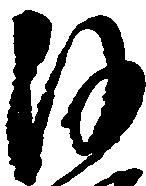
沙